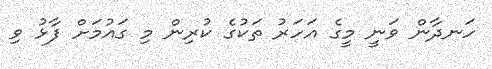
ހަނދާން ވަނީ މީގެ އަހަރު ތަކުގެ ކުރިން މި ގައުމަށް ފާޅު ވި